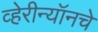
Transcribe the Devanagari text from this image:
व्हेरीन्यॉनचे